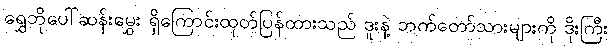
ရွှေဘိုပေါ်ဆန်းမွှေး ရှိကြောင်းထုတ်ပြန်ထားသည် ဒူးနဲ့ ဘက်တော်သားများကို ဒိုးကြီး